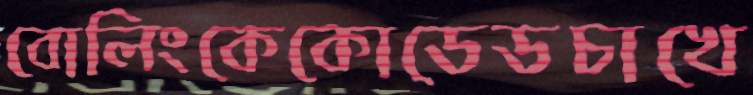
বোলিংকেকোডেডচাখে